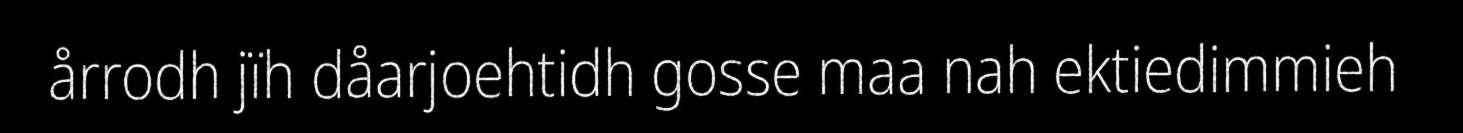
årrodh jïh dåarjoehtidh gosse maa nah ektiedimmieh